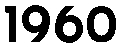
1960